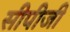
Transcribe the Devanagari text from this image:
सीपीजी